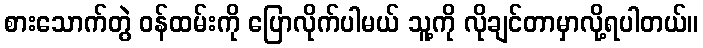
စားသောက်တွဲ ဝန်ထမ်းကို ပြောလိုက်ပါမယ် သူ့ကို လိုချင်တာမှာလို့ရပါတယ်။